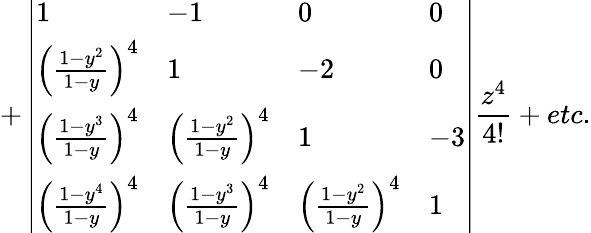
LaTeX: +\left|\begin{array}{llll}{1}&{-1}&{0}&{0}\\ {\left(\frac{1-y^{2}}{1-y}\right)^{4}}&{1}&{-2}&{0}\\ {\left(\frac{1-y^{3}}{1-y}\right)^{4}}&{\left(\frac{1-y^{2}}{1-y}\right)^{4}}&{1}&{-3}\\ {\left(\frac{1-y^{4}}{1-y}\right)^{4}}&{\left(\frac{1-y^{3}}{1-y}\right)^{4}}&{\left(\frac{1-y^{2}}{1-y}\right)^{4}}&{1}\end{array}\right|\frac{z^{4}}{4!}+etc.